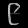
Digit: ၉